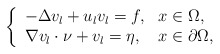
\begin{align*} \left\{\begin{array}{ll} -\Delta v_{l}+u_{l}v_{l}=f, &x\in\Omega,\\ \nabla v_{l}\cdot \nu+v_{l}= \eta, &x\in\partial\Omega,\end{array}\right.\end{align*}